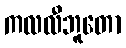
ကလလီဘူတော